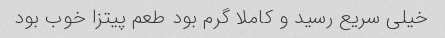
خیلی سریع رسید و کاملا گرم بود طعم پیتزا خوب بود